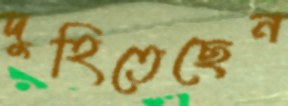
দুহিতেছেন